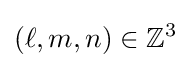
(\ell ,m,n)\in \mathbb {Z} ^{3}